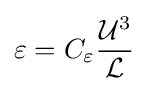
\varepsilon =C_{\varepsilon }{\frac {{\mathcal {U}}^{3}}{\mathcal {L}}}